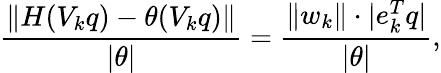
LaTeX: \frac{\| H(V_{k}q)-\theta(V_{k}q)\| }{|\theta|}=\frac{\| w_{k}\| \cdot|e_{k}^{T}q|}{|\theta|},